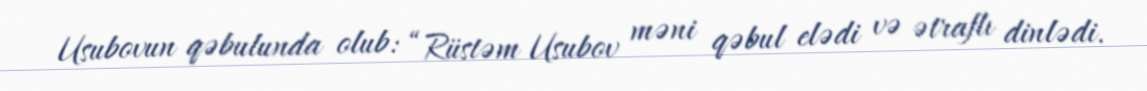
Usubovun qəbulunda olub: “Rüstəm Usubov məni qəbul elədi və ətraflı dinlədi.